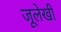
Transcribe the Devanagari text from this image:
जूलेखी